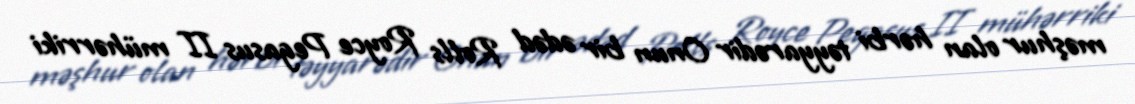
məşhur olan hərbi təyyarədir Onun bir ədəd Rolls Royce Pegasus II mühərriki